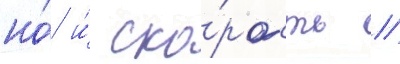
но́ и́ ско́рость //